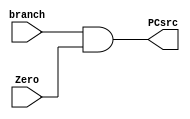
module ANDGATE(branch, Zero, PCsrc);

    input branch;
    input Zero;

    output PCsrc;

    assign PCsrc = branch & Zero;


endmodule